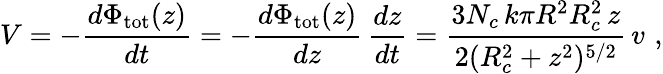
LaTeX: V=-\frac{d\Phi_{\mathrm{tot}}(z)}{dt}=-\frac{d\Phi_{\mathrm{tot}}(z)}{dz}\, \frac{dz}{dt}=\frac{3N_{c}\, k\pi R^{2}R_{c}^{2}\, z}{2(R_{c}^{2}+z^{2})^{5/2}}\, v\, \, ,